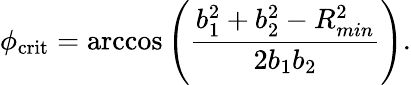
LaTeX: \phi_{\mathrm{crit}}=\operatorname{arccos}\left(\frac{b_{1}^{2}+b_{2}^{2}-R_{min}^{2}}{2b_{1}b_{2}}\right).